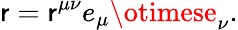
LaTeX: \mathsf{r}=\mathsf{r}^{\mu\nu}e_{\mu}\otimese_{\nu}.